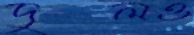
দুলও